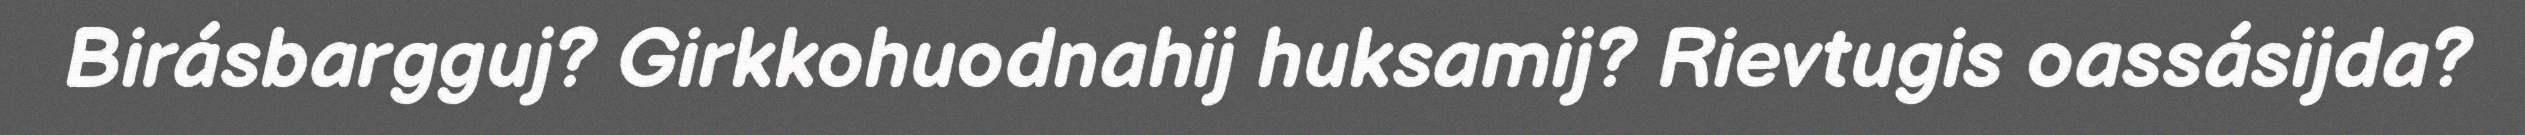
Birásbargguj? Girkkohuodnahij huksamij? Rievtugis oassásijda?